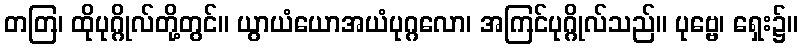
တတြ၊ ထိုပုဂ္ဂိုလ်တို့တွင်။ ယွာယံယောအယံပုဂ္ဂလော၊ အကြင်ပုဂ္ဂိုလ်သည်။ ပုဗ္ဗေ၊ ရှေး၌။